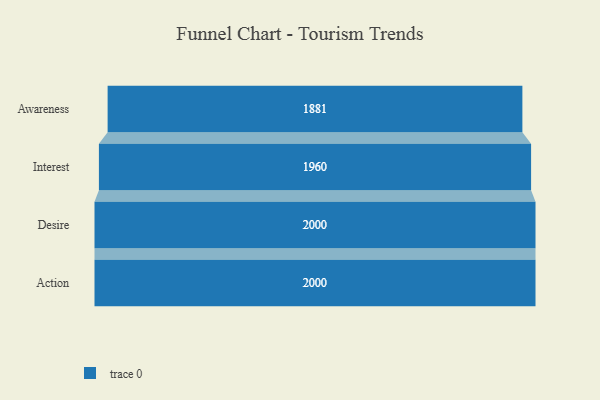
{"axis": {"x": "Stage", "y": "Value"}, "legend": [""], "data": [{"x": "Awareness", "y": 1881.0, "type": ""}, {"x": "Interest", "y": 1960.0, "type": ""}, {"x": "Desire", "y": 2000, "type": ""}, {"x": "Action", "y": 2000, "type": ""}]}